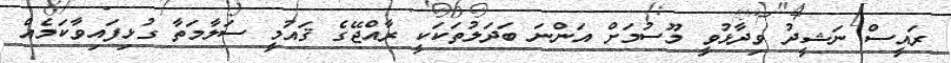
ރައީސް ނަޝީދު ވިދާޅުވީ މޫސުމަށް އަންނަ ބަދަލުތަކަކީ ރާއްޖޭގެ ޤައުމީ ސަލާމަތާ ގުޅިފައިވާކަމެއް